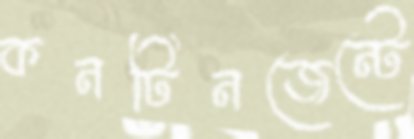
কনটিনজেন্টে